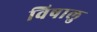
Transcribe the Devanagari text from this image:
विषालु